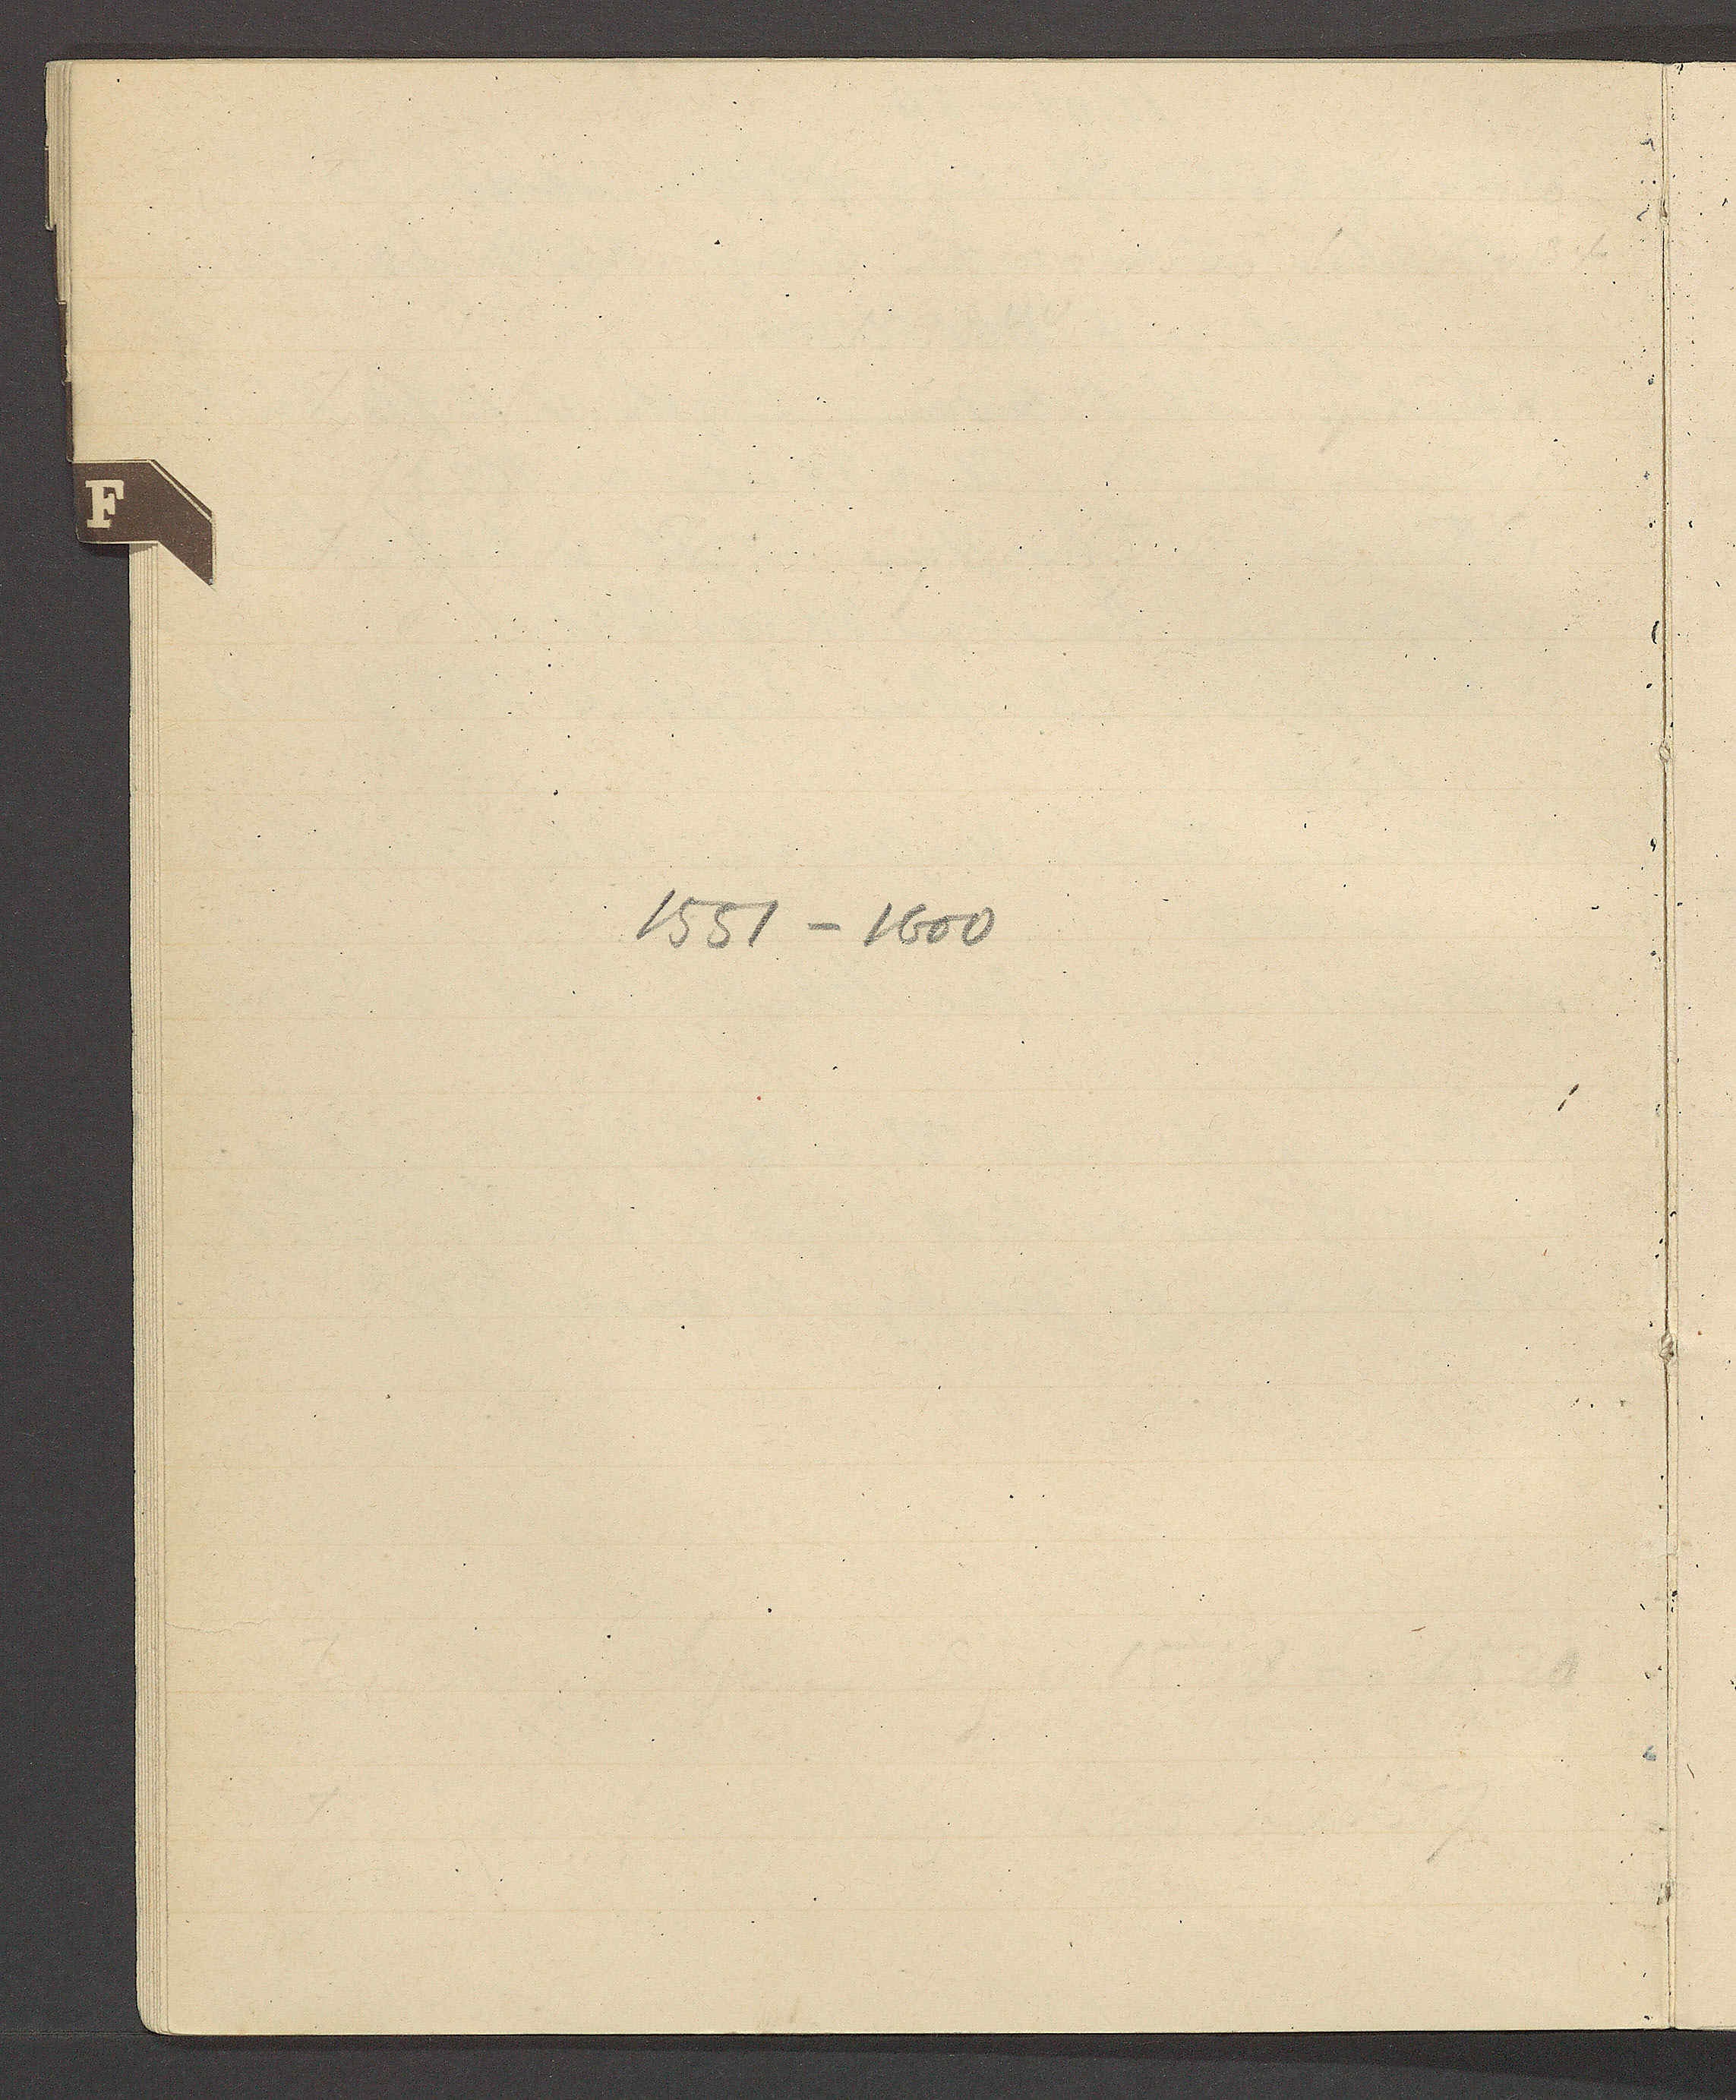
Transcript:
1551 – 1600